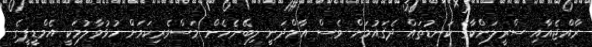
ރާއްޖެއާއި ސްރީލަންކާގެ ކަނޑުތައް ދެޤައުމަށް ވެސް އާމްދަނީ ލިބޭނެހެން މަސްވެރިކަމަށް ހުޅުވާލުމަކީ އެމްޑީޕީގެ